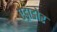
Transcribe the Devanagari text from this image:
एड्राडोर